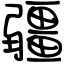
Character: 疆